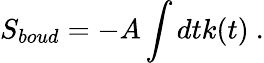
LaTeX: S_{boud}=-A\int dtk(t)\ .